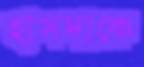
হাসদাকে